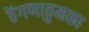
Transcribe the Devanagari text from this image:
ठेंगणाठुमका